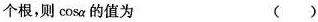
个根,则 cosa 的值为 ( )